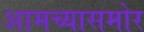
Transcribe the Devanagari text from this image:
आमच्यासमोर